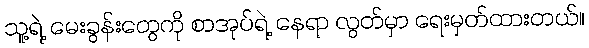
သူ့ရဲ့ မေးခွန်းတွေကို စာအုပ်ရဲ့ နေရာ လွတ်မှာ ရေးမှတ်ထားတယ်။